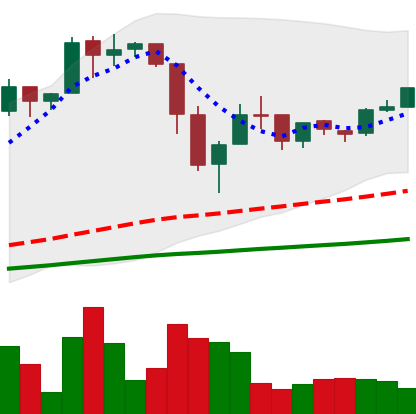
Ticker: BTC-USD
Chart end date: 2016-07-02
Forward return: -8.972%
Label: down_7plus